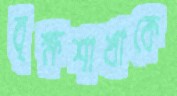
বৃক্ষশাখাকে